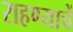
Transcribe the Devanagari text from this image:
राहण्याचें